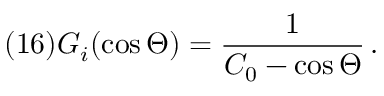
( 1 6 ) G _ { i } ( \cos \Theta ) = \frac 1 { C _ { 0 } - \cos \Theta } \, .